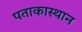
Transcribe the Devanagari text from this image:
पताकास्थान